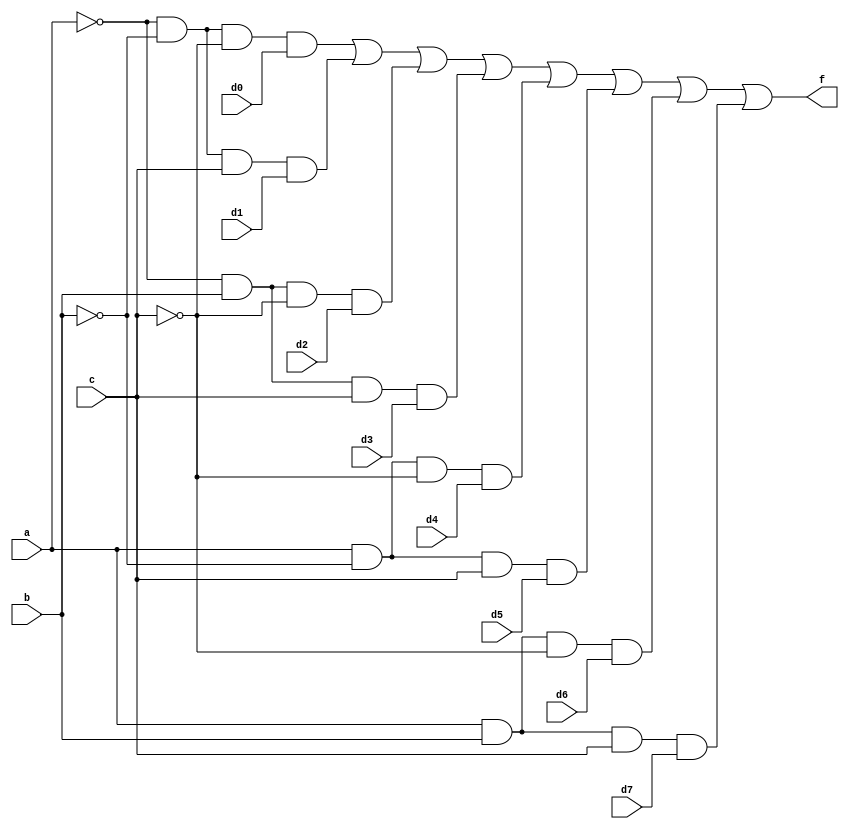
module mux8to1(f,d0,d1,d2,d3,d4,d5,d6,d7,a,b,c);
  input d0,d1,d2,d3,d4,d5,d6,d7;
  input a,b,c;
  output f;
  assign f=(~a&~b&~c&d0)|(~a&~b&c&d1)|(~a&b&~c&d2)|(~a&b&c&d3)|(a&~b&~c&d4)|(a&~b&c&d5)|(a&b&~c&d6)|(a&b&c&d7);
endmodule